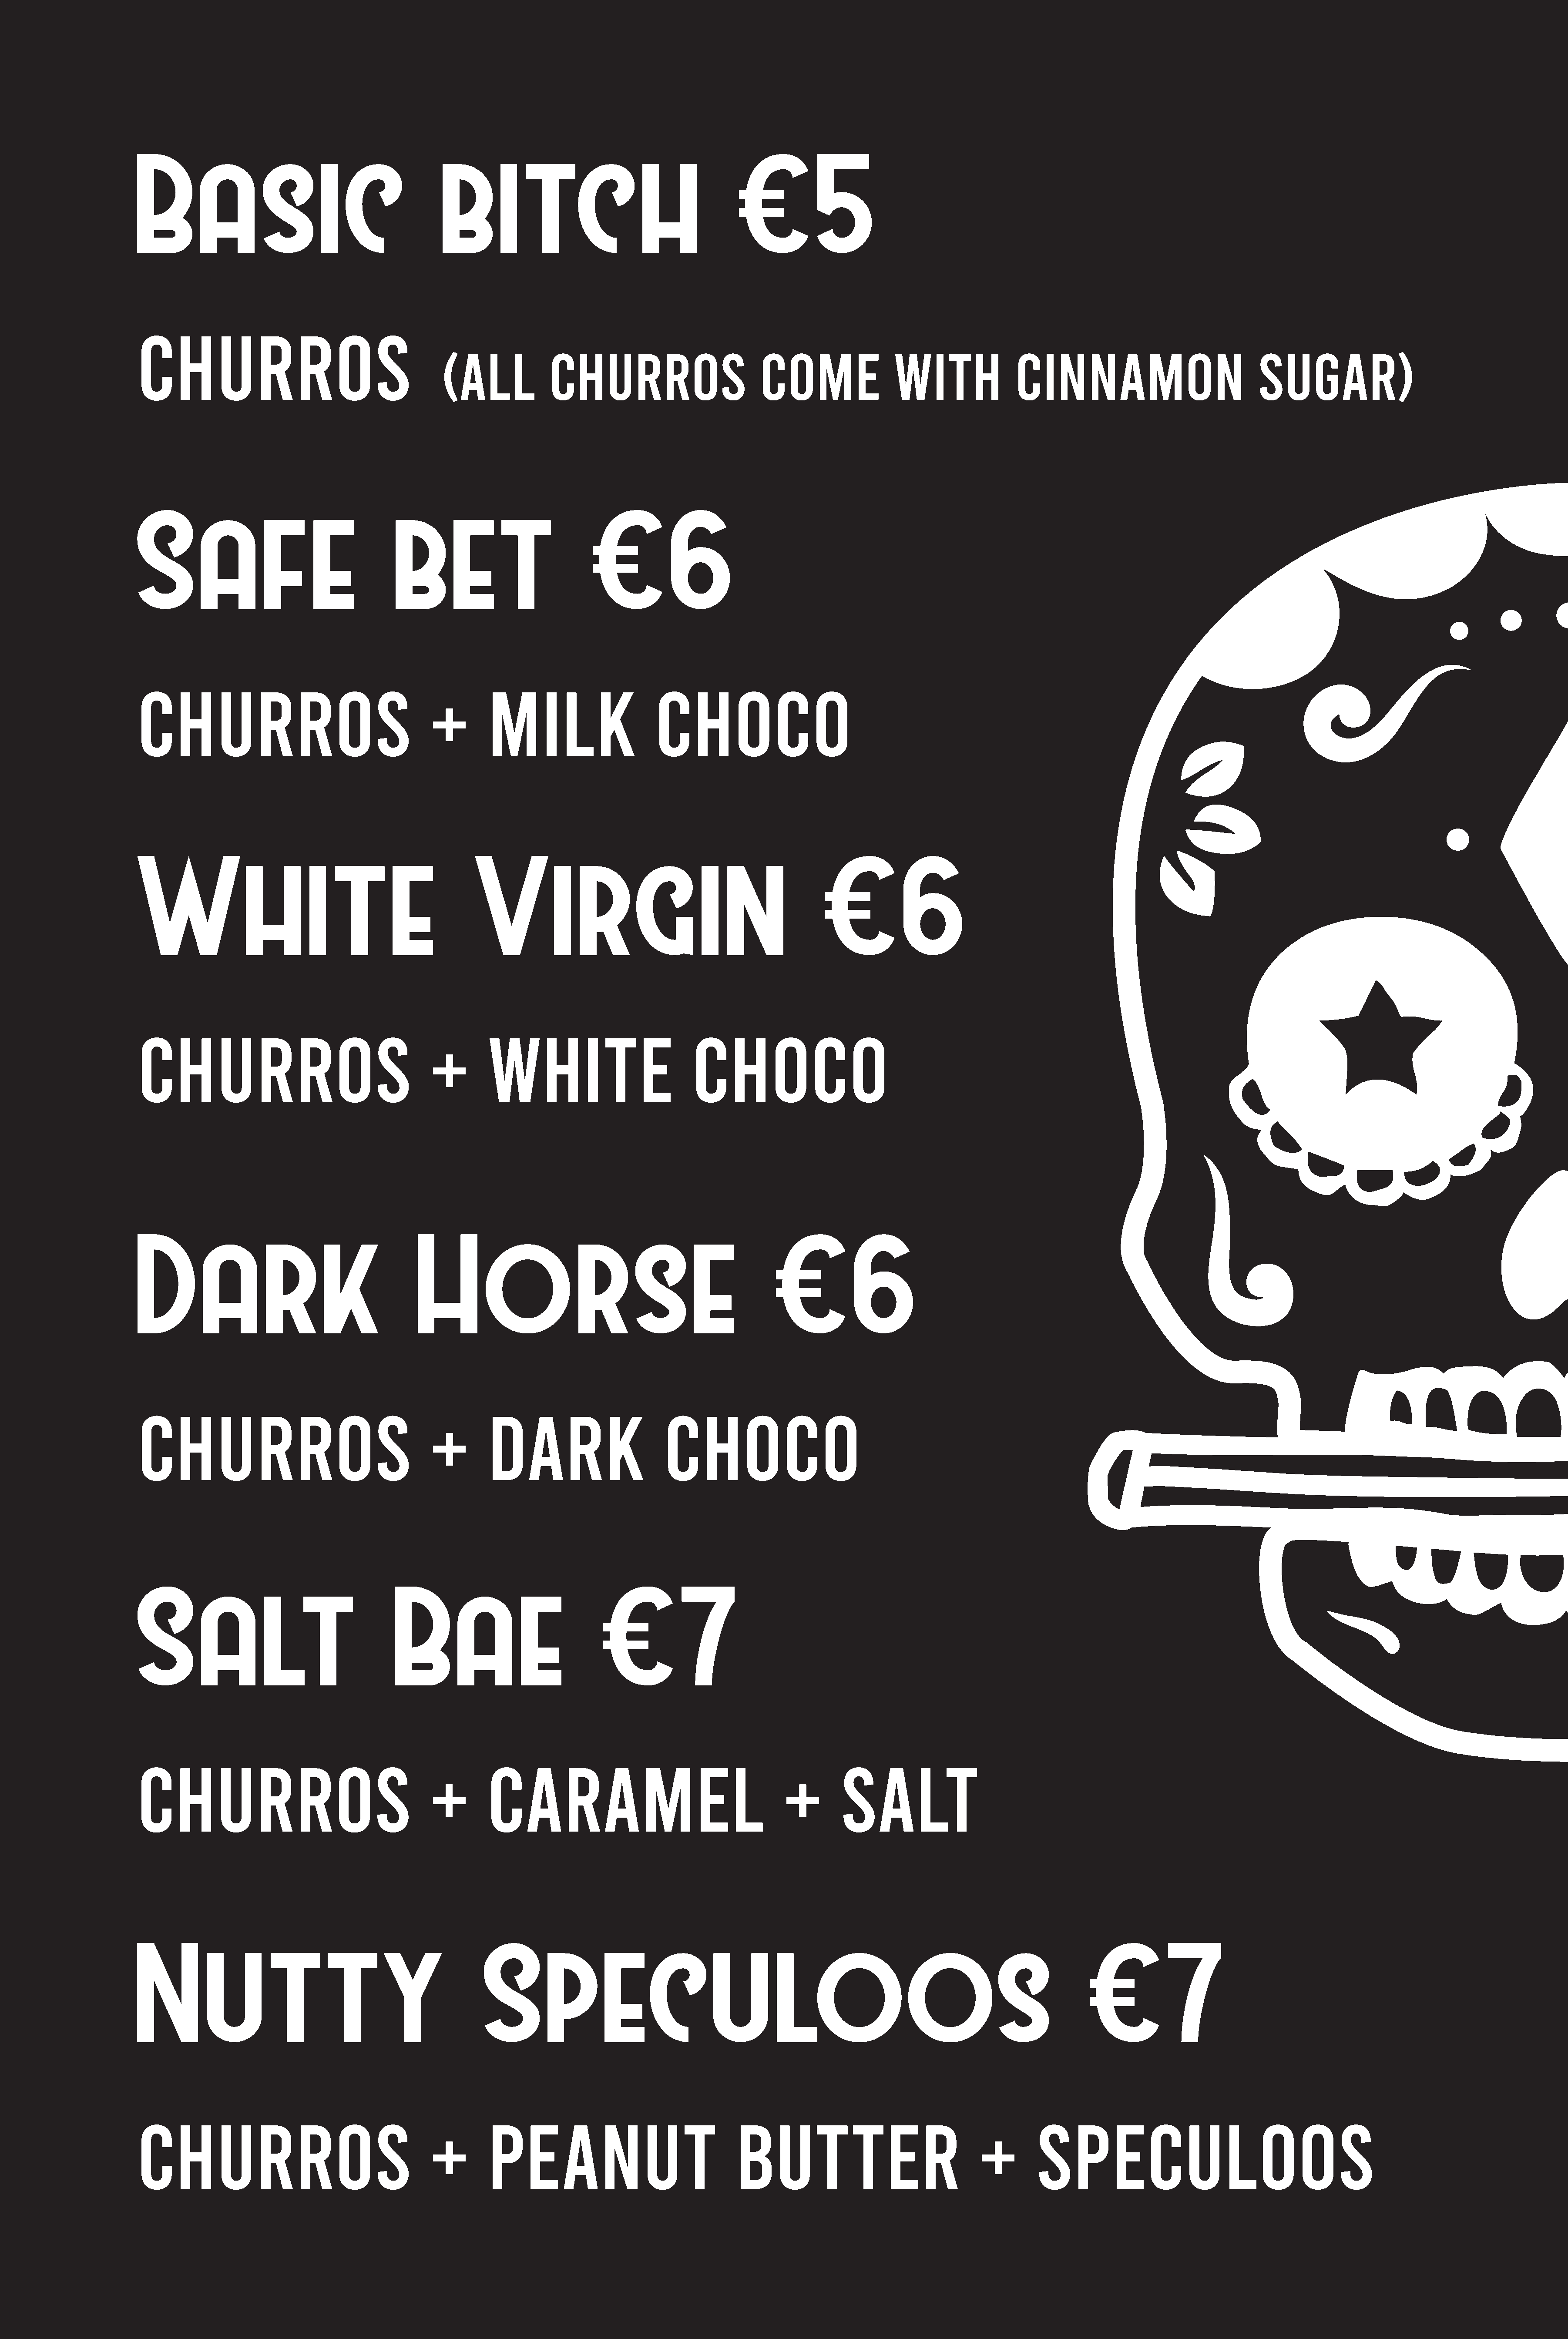
Basic                                         bitch                                        €5
 CHURROS
 (All             CHURROS                         COmE                WITH              CInnAmOn                             SUGAR)
 Safe                                   bet                           €6
 CHURROS                                     +        mIlK                      CHOCO
 White                                              Virgin                                               €6
 CHURROS                                     +        WHITE                          CHOCO
 Dark                                       Horse                                                 €6
 CHURROS                                     +        dARK                       CHOCO
 Salt                                   Bae                             €7
 CHURROS                                     +        CARAmEl                                      +        SAlT
 Nutty                                                Speculoos                                                                                   €7
 CHURROS                                     +        PEAnUT                                BUTTER                               +        SPECUlOOS